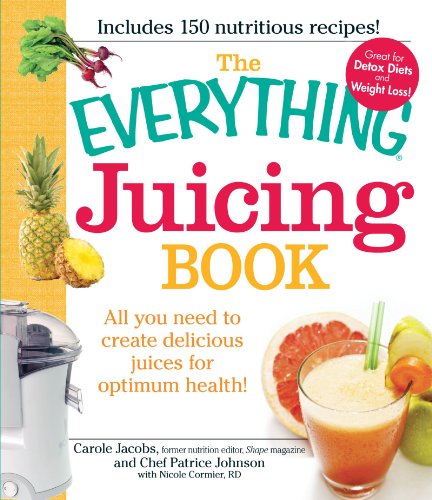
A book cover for The Everything Juicing Book: All you need to create delicious juices for your optimum health; Carole Jacobs; Cookbooks, Food & Wine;